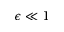
\epsilon \ll 1